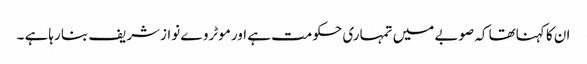
ان کا کہناتھا کہ صوبے میں تمہاری حکومت ہے اور موٹروے نوازشریف بنا رہاہے ۔